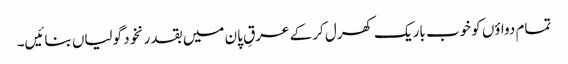
تمام دواؤں کو خوب باریک کھرل کر کے عرقِ پان میں بقدر نخود گولیاں بنائیں۔